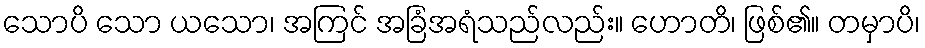
သောပိ သော ယသော၊ အကြင် အခြံအရံသည်လည်း။ ဟောတိ၊ ဖြစ်၏။ တမှာပိ၊